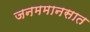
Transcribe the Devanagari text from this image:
जनममानसात